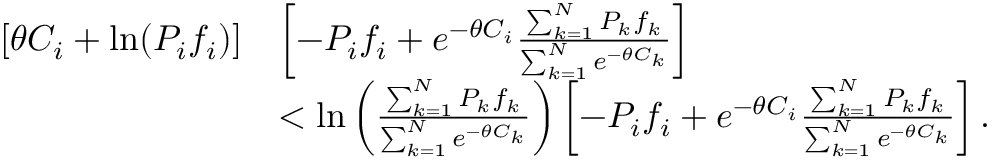
\begin{array} { r l } { [ \theta C _ { i } + \mathrm { l n } ( P _ { i } f _ { i } ) ] } & { \left[ - P _ { i } f _ { i } + e ^ { - \theta C _ { i } } \frac { \sum _ { k = 1 } ^ { N } P _ { k } f _ { k } } { \sum _ { k = 1 } ^ { N } e ^ { - \theta C _ { k } } } \right] } \\ & { < \mathrm { l n } \left( \frac { \sum _ { k = 1 } ^ { N } P _ { k } f _ { k } } { \sum _ { k = 1 } ^ { N } e ^ { - \theta C _ { k } } } \right) \left[ - P _ { i } f _ { i } + e ^ { - \theta C _ { i } } \frac { \sum _ { k = 1 } ^ { N } P _ { k } f _ { k } } { \sum _ { k = 1 } ^ { N } e ^ { - \theta C _ { k } } } \right] . } \end{array}